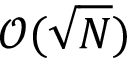
\mathcal { O } ( \sqrt { N } )